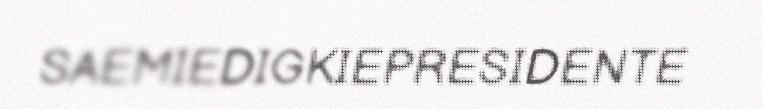
SAEMIEDIGKIEPRESIDENTE